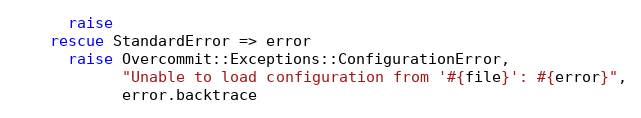
Language: Ruby
      raise
    rescue StandardError => error
      raise Overcommit::Exceptions::ConfigurationError,
            "Unable to load configuration from '#{file}': #{error}",
            error.backtrace